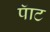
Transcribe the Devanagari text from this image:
पॅाट